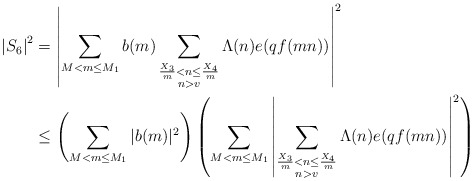
\begin{align*}\left| S_6 \right|^2 &= \left| \sum_{M < m \leq M_1} b(m) \sum_{\substack{ \frac{X_3}{m} < n \leq \frac{X_4}{m} \\ n > v} } \Lambda(n) e(q f(mn)) \right|^2 \\&\leq \left(\sum_{M < m \leq M_1} |b(m)|^2 \right) \left( \sum_{M < m \leq M_1} \left| \sum_{\substack{\frac{X_3}{m} < n \leq \frac{X_4}{m}\\ n >v }} \Lambda(n) e(q f(mn)) \right|^2 \right)\end{align*}